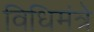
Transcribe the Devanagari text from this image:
विधिमंत्रे